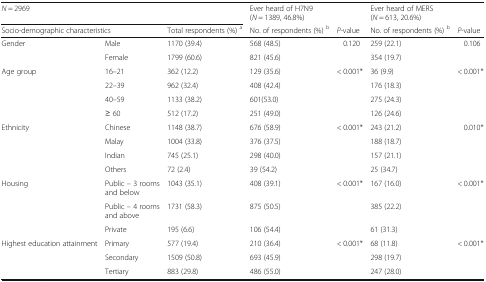
<table><thead><tr><td colspan="3"><b><i>N</i> = 2969</b></td><td><b>Ever heard of H7N9 (<i>N</i> = 1389, 46.8%)</b></td><td></td><td><b>Ever heard of MERS (<i>N</i> = 613, 20.6%)</b></td><td></td></tr><tr><td colspan="2"><b>Socio-demographic characteristics</b></td><td><b>Total respondents (%) <sup>a</sup></b></td><td><b>No. of respondents (%) <sup>b</sup></b></td><td><b><i>P</i>-value</b></td><td><b>No. of respondents (%) <sup>b</sup></b></td><td><b><i>P</i>-value</b></td></tr></thead><tbody><tr><td rowspan="2">Gender</td><td>Male</td><td>1170 (39.4)</td><td>568 (48.5)</td><td rowspan="2">0.120</td><td>259 (22.1)</td><td rowspan="2">0.106</td></tr><tr><td>Female</td><td>1799 (60.6)</td><td>821 (45.6)</td><td>354 (19.7)</td></tr><tr><td rowspan="4">Age group</td><td>16–21</td><td>362 (12.2)</td><td>129 (35.6)</td><td rowspan="4">&lt; 0.001*</td><td>36 (9.9)</td><td rowspan="4">&lt; 0.001*</td></tr><tr><td>22–39</td><td>962 (32.4)</td><td>408 (42.4)</td><td>176 (18.3)</td></tr><tr><td>40–59</td><td>1133 (38.2)</td><td>601(53.0)</td><td>275 (24.3)</td></tr><tr><td>≥ 60</td><td>512 (17.2)</td><td>251 (49.0)</td><td>126 (24.6)</td></tr><tr><td rowspan="4">Ethnicity</td><td>Chinese</td><td>1148 (38.7)</td><td>676 (58.9)</td><td rowspan="4">&lt; 0.001*</td><td>243 (21.2)</td><td rowspan="4">0.010*</td></tr><tr><td>Malay</td><td>1004 (33.8)</td><td>376 (37.5)</td><td>188 (18.7)</td></tr><tr><td>Indian</td><td>745 (25.1)</td><td>298 (40.0)</td><td>157 (21.1)</td></tr><tr><td>Others</td><td>72 (2.4)</td><td>39 (54.2)</td><td>25 (34.7)</td></tr><tr><td rowspan="3">Housing</td><td>Public – 3 rooms and below</td><td>1043 (35.1)</td><td>408 (39.1)</td><td rowspan="3">&lt; 0.001*</td><td>167 (16.0)</td><td rowspan="3">&lt; 0.001*</td></tr><tr><td>Public – 4 rooms and above</td><td>1731 (58.3)</td><td>875 (50.5)</td><td>385 (22.2)</td></tr><tr><td>Private</td><td>195 (6.6)</td><td>106 (54.4)</td><td>61 (31.3)</td></tr><tr><td rowspan="3">Highest education attainment</td><td>Primary</td><td>577 (19.4)</td><td>210 (36.4)</td><td rowspan="3">&lt; 0.001*</td><td>68 (11.8)</td><td rowspan="3">&lt; 0.001*</td></tr><tr><td>Secondary</td><td>1509 (50.8)</td><td>693 (45.9)</td><td>298 (19.7)</td></tr><tr><td>Tertiary</td><td>883 (29.8)</td><td>486 (55.0)</td><td>247 (28.0)</td></tr></tbody></table>